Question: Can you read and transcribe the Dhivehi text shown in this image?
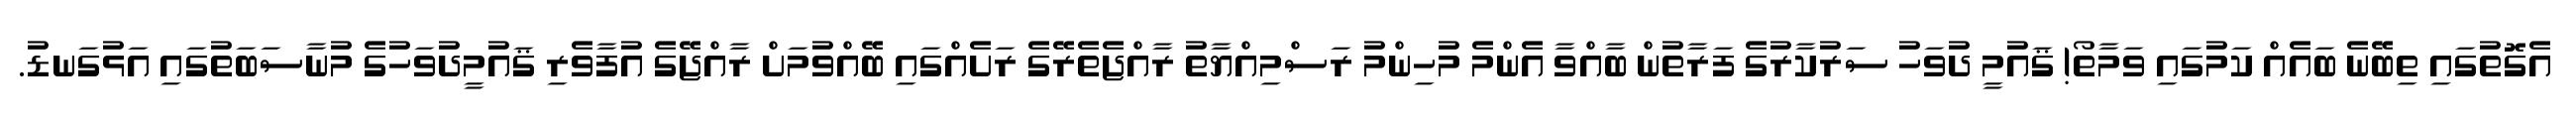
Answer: އެގޮތުގައި ތިބޭނެ ބައެއް ކަމުގައި ވަމާތޯ! ޤައުމީ ދުވަހު ސަރުކާރުގެ ފަރާތުން ބާއްވާ އެންމެ މުހިންމު ރަސްމިއްޔާތު ރާއްޖެތެރޭގެ ރަށެއްގައި ބޭއްވުމަށް ރާއްޖޭގެ އުފާވެރި ޤައުމީދުވަހުގެ މުނާސަބަތުގައި އަޅުގަނޑު.